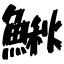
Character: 鰍